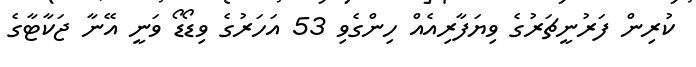
ކުރިން ފަރުނީޗަރުގެ ވިޔަފާރިއެއް ހިންގެވި 53 އަހަރުގެ ވިޑޯޑޯ ވަނީ އޭނާ ޖަކާޓާގެ